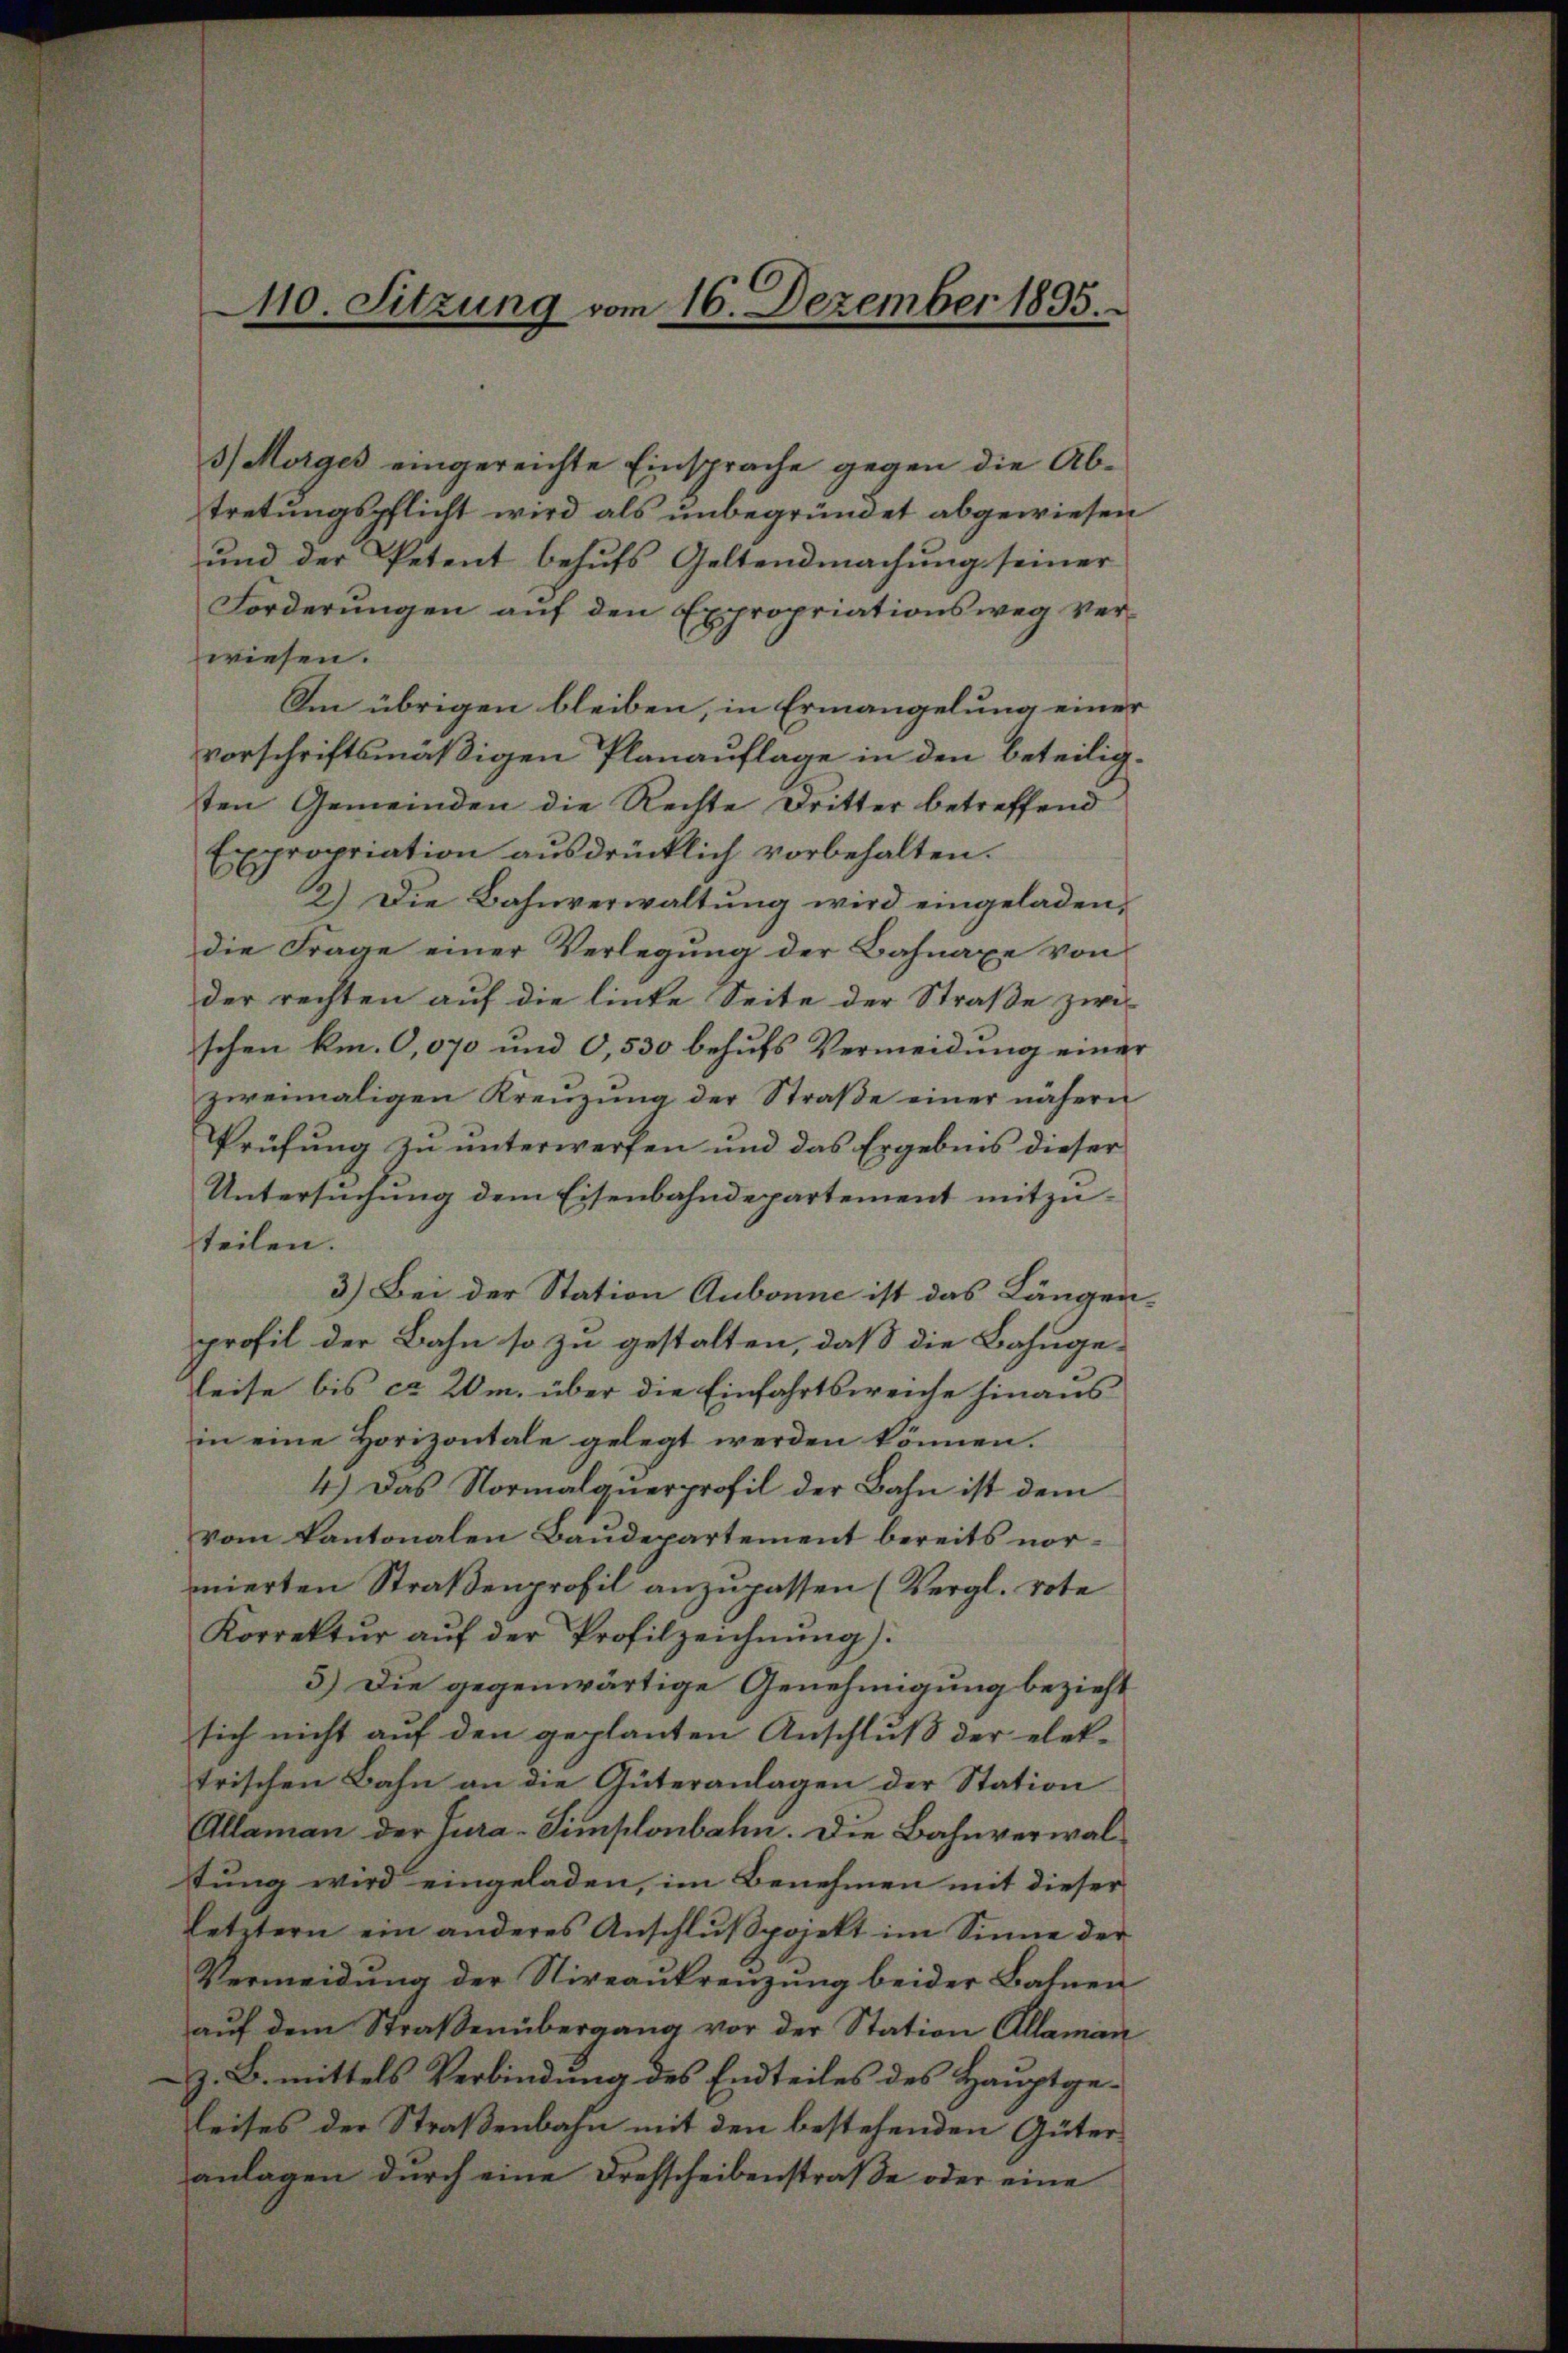
110. Sitzung vom 16. Dezember 1895.

3) Morges eingereichte Einsprache gegen die Abtretungspflicht wird als unbegründet abgewiesen
und der Petent behufs Geltendmachung seiner
Forderungen auf den Expropriationsweg verwiesen.
Am übrigen bleiben, in Ermangelung einer
vorschriftsmäßigen Planauflage in den beteiligten Gemeinden die Rechte Dritter betreffend
Expropriation ausdrücklich vorbehalten.
2.) Die Bahnverwaltŭng wird eingeladen,
die Frage einer Verlegung der Bahnaxe von
der rechten auf die linke Seite der Straβe zwi
schen km. 0,070 und O,530 behufs Vermeidung einer
zweimaligen Kreŭzŭng der Straβe einer nähern
Prüfung zu unterwerfen und das Ergebnis dieser
Untersuchung dem Eisenbahndepartement mitzuteilen.
3.) Bei der Station Aubonne ist das Längenprofil der Bahn so zu gestalten, daß die Bahngeleise bis ca 20m, über die Einfahrtsweiche hinaus
in eine Horizontale gelegt werden können.
4.) Das Normalquerprofil der Bahn ist dem
vom Kantonalen Baudepartement bereits normierten Straßenprofil anzupassen (Vergl. rote
Korrektŭr aŭf der Profilzeichnŭng).
5.) Die gegenwärtige Genehmigung bezieht
sich nicht aŭf den geplanten Anschlŭβ der elek-
trischen Bahn an die Güteranlagen der Station
Allaman der Jura-Simplonbahn. Die Bahnverwaltung wird eingeladen, im Benehmen mit dieser
letztern ein anderes Anschlŭβpojekt im Sinne der
Vermeidung der Stireaukrenzung beider Bahnen
aŭf dem Straßenübergang vor der Station Allaman
Z. B. mittels Verbindung des Endteiles des Hauptgeleises der Straßenbahn mit den bestehenden Güteranlagen durch eine Drehscheibenstraße oder eine